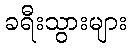
ခရီးသွားများ